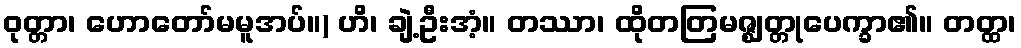
ဝုတ္တာ၊ ဟောတော်မမူအပ်။) ဟိ၊ ချဲ့ဦးအံ့။ တဿာ၊ ထိုတတြမဇ္ဈတ္တုပေက္ခာ၏။ တတ္ထ၊